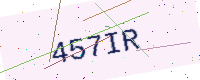
Text: 457IR